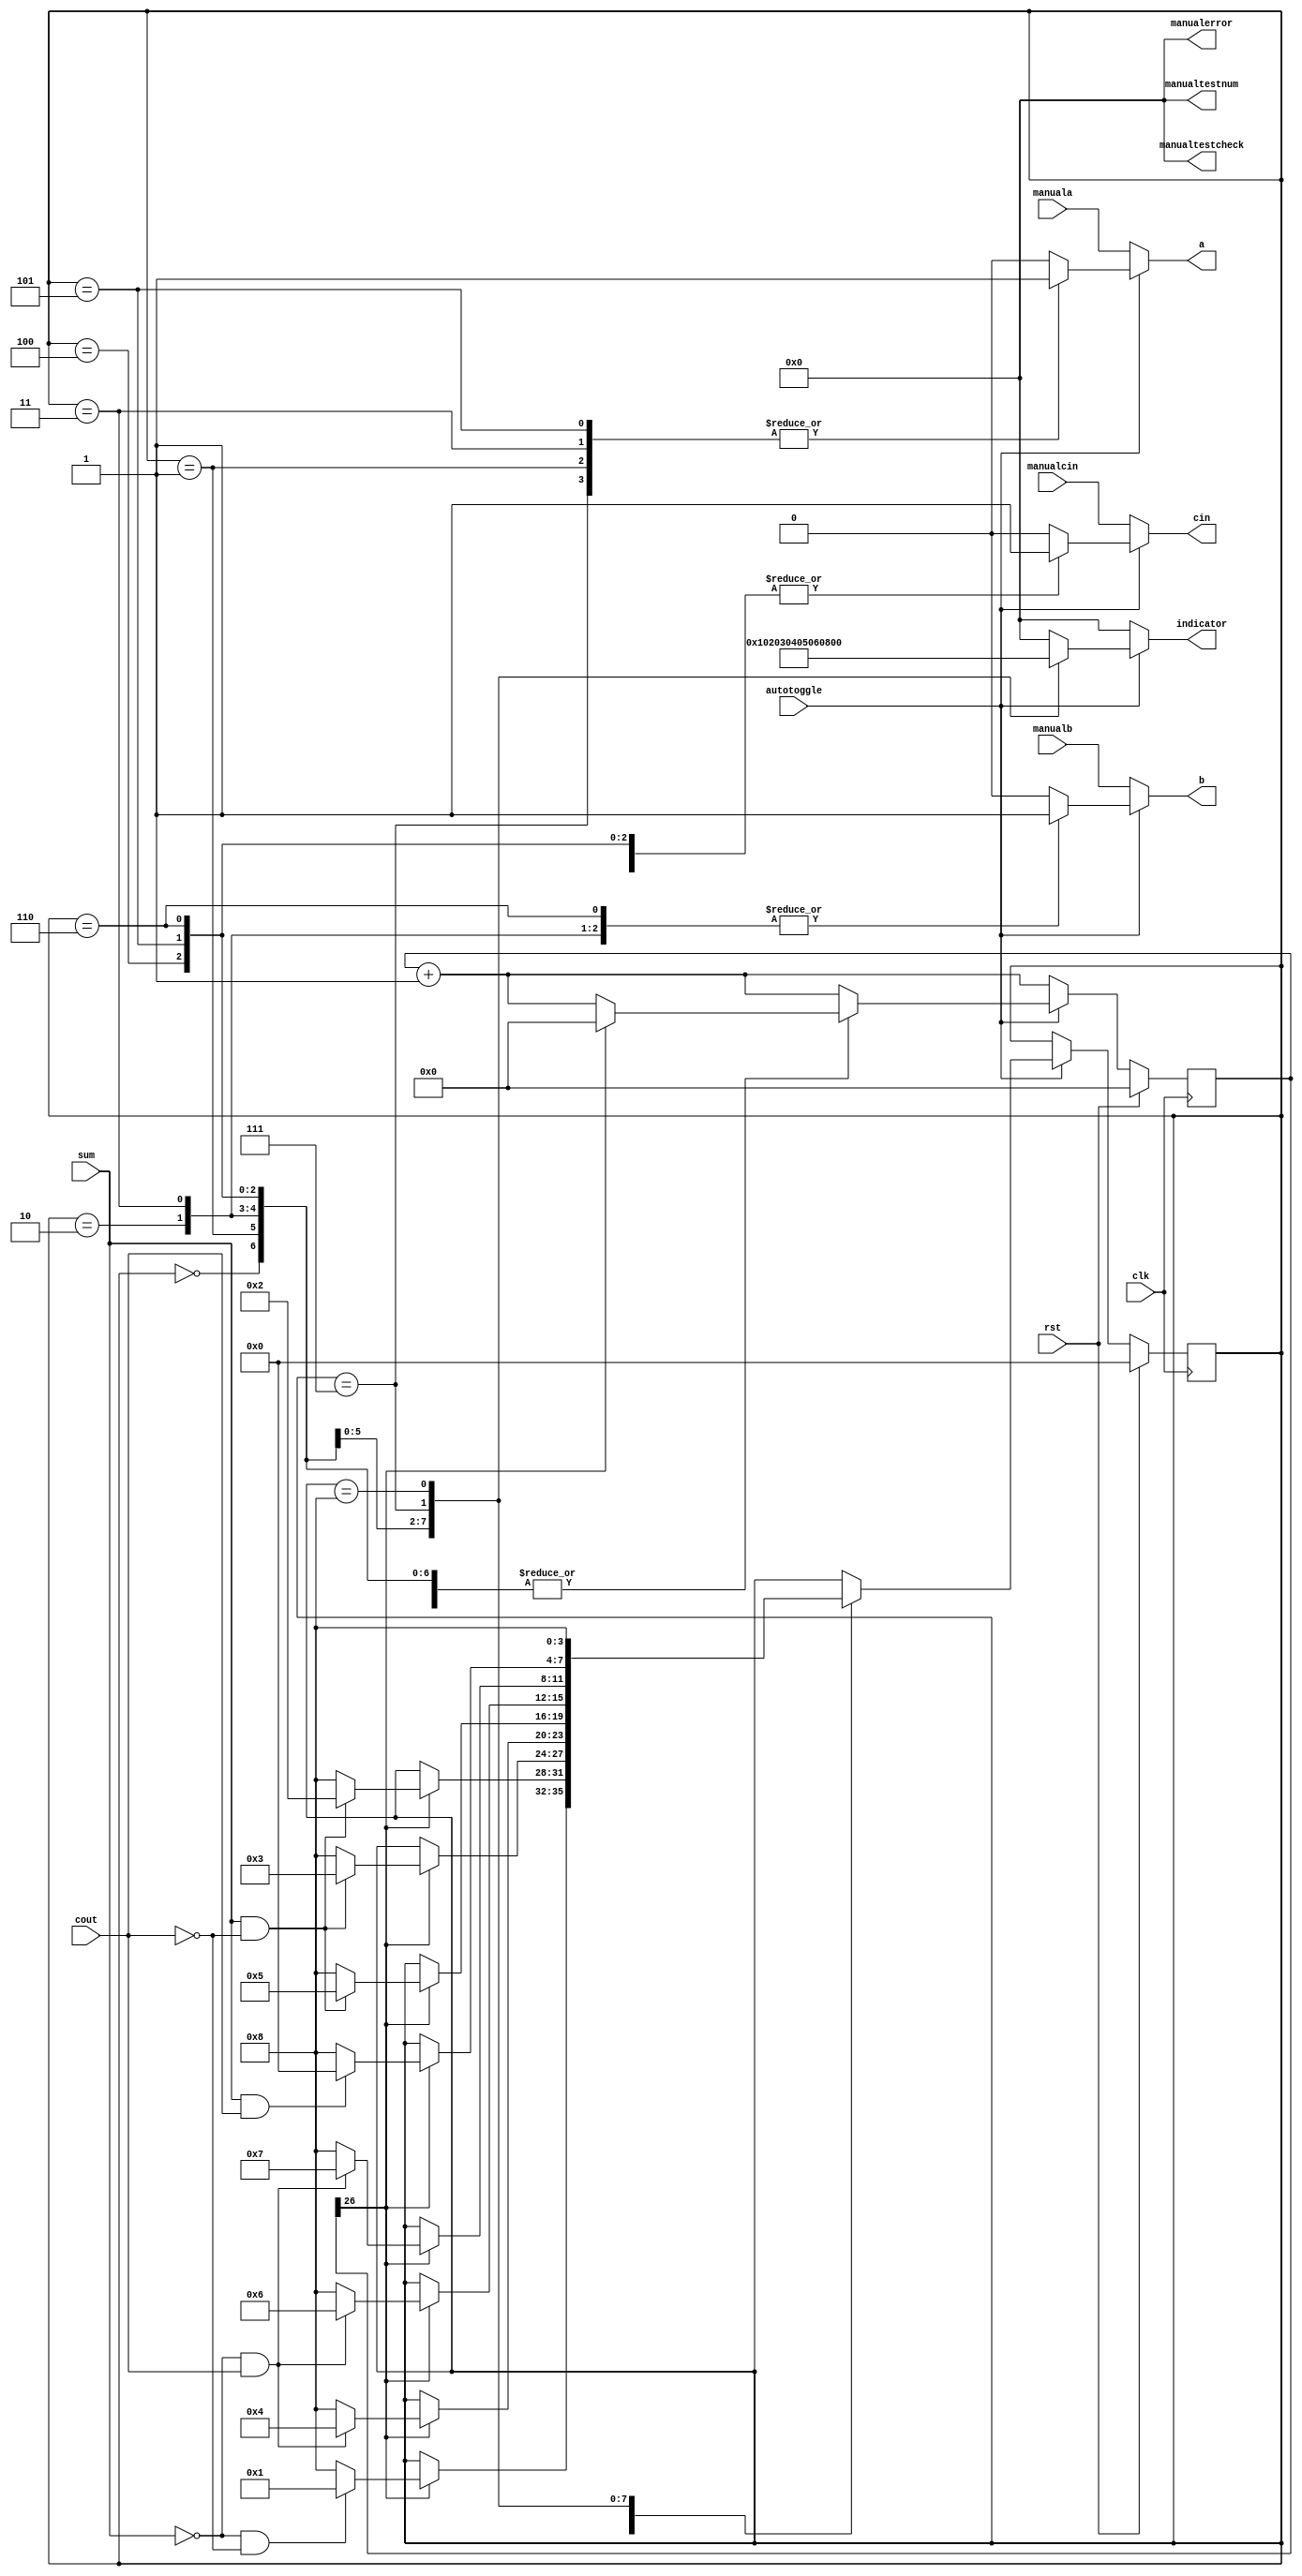
/*
   This file was generated automatically by the Mojo IDE version B1.3.6.
   Do not edit this file directly. Instead edit the original Lucid source.
   This is a temporary file and any changes made to it will be destroyed.
*/

module mhp_1d_2 (
    input clk,
    input rst,
    input sum,
    input cout,
    output reg a,
    output reg b,
    output reg cin,
    output reg [7:0] indicator,
    input autotoggle,
    output reg [7:0] manualtestcheck,
    output reg [7:0] manualtestnum,
    output reg [7:0] manualerror,
    input manuala,
    input manualb,
    input manualcin
  );
  
  
  
  reg [26:0] M_clock_d, M_clock_q = 1'h0;
  localparam NONE_tester = 4'd0;
  localparam A_tester = 4'd1;
  localparam B_tester = 4'd2;
  localparam A_B_tester = 4'd3;
  localparam CIN_tester = 4'd4;
  localparam A_CIN_tester = 4'd5;
  localparam B_CIN_tester = 4'd6;
  localparam ALL_tester = 4'd7;
  localparam ERROR_tester = 4'd8;
  
  reg [3:0] M_tester_d, M_tester_q = NONE_tester;
  
  always @* begin
    M_tester_d = M_tester_q;
    M_clock_d = M_clock_q;
    
    M_clock_d = M_clock_q + 1'h1;
    a = 1'h0;
    b = 1'h0;
    cin = 1'h0;
    indicator = 8'h00;
    manualtestcheck = 8'h00;
    manualtestnum = 8'h00;
    manualerror = 8'h00;
    if (autotoggle == 1'h1) begin
      
      case (M_tester_q)
        NONE_tester: begin
          a = 1'h0;
          b = 1'h0;
          cin = 1'h0;
          indicator = 8'h00;
          if (M_clock_q[26+0-:1] == 1'h1) begin
            M_clock_d = 1'h0;
            if (sum == 1'h0 && cout == 1'h0) begin
              M_tester_d = A_tester;
            end else begin
              M_tester_d = ERROR_tester;
            end
          end
        end
        A_tester: begin
          a = 1'h1;
          b = 1'h0;
          cin = 1'h0;
          indicator = 8'h01;
          if (M_clock_q[26+0-:1] == 1'h1) begin
            M_clock_d = 1'h0;
            if (sum == 1'h1 && cout == 1'h0) begin
              M_tester_d = B_tester;
            end else begin
              M_tester_d = ERROR_tester;
            end
          end
        end
        B_tester: begin
          a = 1'h0;
          b = 1'h1;
          cin = 1'h0;
          indicator = 8'h02;
          if (M_clock_q[26+0-:1] == 1'h1) begin
            M_clock_d = 1'h0;
            if (sum == 1'h1 && cout == 1'h0) begin
              M_tester_d = A_B_tester;
            end else begin
              M_tester_d = ERROR_tester;
            end
          end
        end
        A_B_tester: begin
          a = 1'h1;
          b = 1'h1;
          cin = 1'h0;
          indicator = 8'h03;
          if (M_clock_q[26+0-:1] == 1'h1) begin
            M_clock_d = 1'h0;
            if (sum == 1'h0 && cout == 1'h1) begin
              M_tester_d = CIN_tester;
            end else begin
              M_tester_d = ERROR_tester;
            end
          end
        end
        CIN_tester: begin
          a = 1'h0;
          b = 1'h0;
          cin = 1'h1;
          indicator = 8'h04;
          if (M_clock_q[26+0-:1] == 1'h1) begin
            M_clock_d = 1'h0;
            if (sum == 1'h1 && cout == 1'h0) begin
              M_tester_d = A_CIN_tester;
            end else begin
              M_tester_d = ERROR_tester;
            end
          end
        end
        A_CIN_tester: begin
          a = 1'h1;
          b = 1'h0;
          cin = 1'h1;
          indicator = 8'h05;
          if (M_clock_q[26+0-:1] == 1'h1) begin
            M_clock_d = 1'h0;
            if (sum == 1'h0 && cout == 1'h1) begin
              M_tester_d = B_CIN_tester;
            end else begin
              M_tester_d = ERROR_tester;
            end
          end
        end
        B_CIN_tester: begin
          a = 1'h0;
          b = 1'h1;
          cin = 1'h1;
          indicator = 8'h06;
          if (M_clock_q[26+0-:1] == 1'h1) begin
            M_clock_d = 1'h0;
            if (sum == 1'h0 && cout == 1'h1) begin
              M_tester_d = ALL_tester;
            end else begin
              M_tester_d = ERROR_tester;
            end
          end
        end
        ALL_tester: begin
          a = 1'h1;
          b = 1'h1;
          cin = 1'h1;
          indicator = 8'h07;
          if (M_clock_q[26+0-:1] == 1'h1) begin
            M_clock_d = 1'h0;
            if (sum == 1'h1 && cout == 1'h1) begin
              M_tester_d = NONE_tester;
            end else begin
              M_tester_d = ERROR_tester;
            end
          end
        end
        ERROR_tester: begin
          a = 1'h0;
          b = 1'h0;
          cin = 1'h0;
          indicator = 8'hff;
          M_tester_d = ERROR_tester;
        end
      endcase
    end else begin
      a = manuala;
      b = manualb;
      cin = manualcin;
    end
  end
  
  always @(posedge clk) begin
    if (rst == 1'b1) begin
      M_clock_q <= 1'h0;
      M_tester_q <= 1'h0;
    end else begin
      M_clock_q <= M_clock_d;
      M_tester_q <= M_tester_d;
    end
  end
  
endmodule